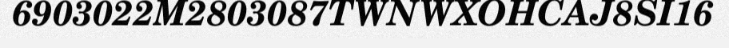
6903022M2803087TWNWXOHCAJ8SI16